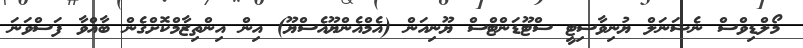
މޯލްޑިވްސް ނެޝަނަލް ޔުނިވާސިޓީ ސްޓޫޑަންޓްސް ޔޫނިއަން (އެމްއެންޔޫއެސްޔޫ) އިން އިންތިޒާމްކޮށްގެން ބާއްވާ ފަސްވަނަ